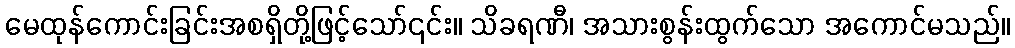
မေထုန်ကောင်းခြင်းအစရှိတို့ဖြင့်သော်၎င်း။ သိခရဏီ၊ အသားစွန်းထွက်သော အကောင်မသည်။